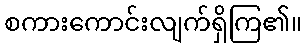
စကားကောင်းလျက်ရှိကြ၏။